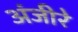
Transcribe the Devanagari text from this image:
अंजीरे